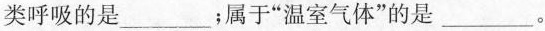
类呼吸的是___；属于”温室气体”的是___。